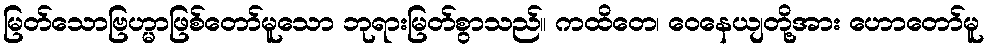
မြတ်သောဗြဟ္မာဖြစ်တော်မူသော ဘုရားမြတ်စွာသည်။ ကထိတေ၊ ဝေနေယျတို့အား ဟောတော်မူ